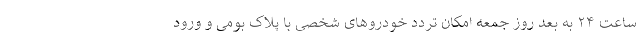
ساعت ۲۴ به بعد روز جمعه امکان تردد خودرو‌های شخصی با پلاک بومی و ورود